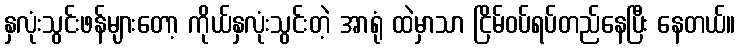
နှလုံးသွင်းဖန်များတော့ ကိုယ်နှလုံးသွင်းတဲ့ အာရုံ ထဲမှာသာ ငြိမ်ဝပ်ရပ်တည်နေပြီး နေတယ်။